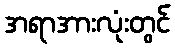
အရာအားလုံးတွင်